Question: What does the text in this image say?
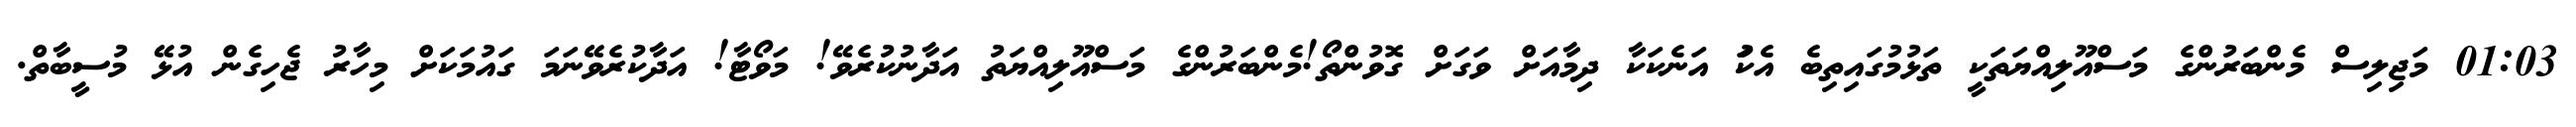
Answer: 01:03 މަޖިލިސް މެންބަރުންގެ މަސްއޫލިއްޔަތަކީ ތަޅުމުގައިތިބެ އެކަު އަނެކަކާ ދިމާއަށް ވަގަށް ގޮވުންތޯ!މެންބަރުންގެ މަސްއޫލިއްޔަތު އަދާނުކުރެވޭ! މަވޯޓާ! އަދާކުރެވޭނަމަ ގައުމަކަށް މިހާރު ޖެހިގެން އުޅޭ މުސީބާތް.